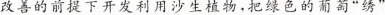
改善的前提下开发利用沙生植物。把绿色的葡萄”绣”